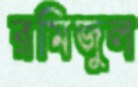
রমিজুল